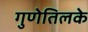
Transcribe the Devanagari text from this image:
गुणेतिलके